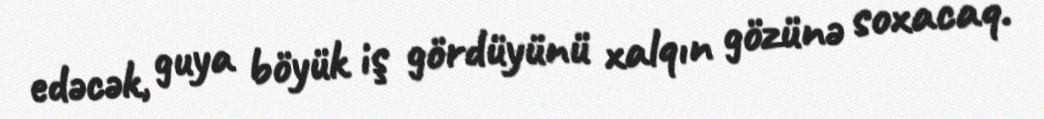
edəcək, guya böyük iş gördüyünü xalqın gözünə soxacaq.